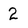
Character: 2